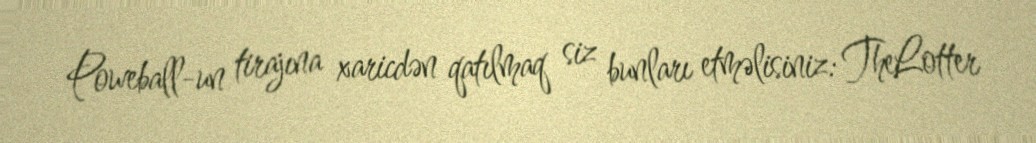
Poweball-un tirajına xaricdən qatılmaq siz bunları etməlisiniz: TheLotter